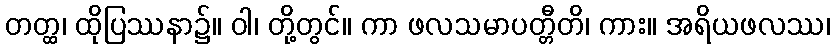
တတ္ထ၊ ထိုပြဿနာ၌။ ဝါ၊ တို့တွင်။ ကာ ဖလသမာပတ္တီတိ၊ ကား။ အရိယဖလဿ၊